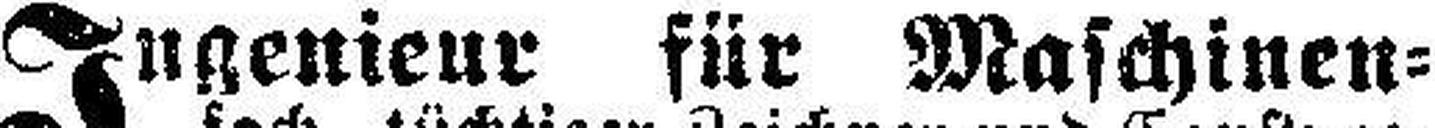
Ingenieur für Maschinen¬